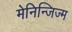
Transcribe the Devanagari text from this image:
मेनिन्जिज्म